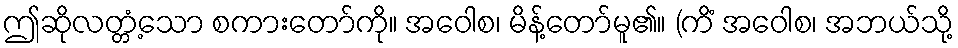
ဤဆိုလတ္တံ့သော စကားတော်ကို။ အဝေါစ၊ မိန့်တော်မူ၏။ (ကိံ အဝေါစ၊ အဘယ်သို့